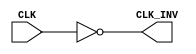
module InvertingClockBuffer (
    input wire CLK,        // Input clock signal
    output wire CLK_INV    // Inverted clock signal
);

// Inverting the clock signal
assign CLK_INV = ~CLK;

endmodule